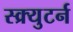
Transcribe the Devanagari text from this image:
स्क्र्युटर्न